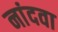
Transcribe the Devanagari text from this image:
नांदवा